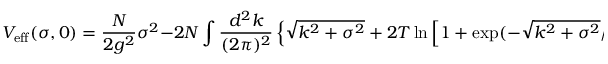
V _ { \mathrm { e f f } } ( \sigma , 0 ) = { \frac { N } { 2 g ^ { 2 } } } \sigma ^ { 2 } - 2 N \int { \frac { d ^ { 2 } k } { ( 2 \pi ) ^ { 2 } } } \left\{ \sqrt { k ^ { 2 } + \sigma ^ { 2 } } + { 2 T } \ln \left[ 1 + \exp ( - \sqrt { k ^ { 2 } + \sigma ^ { 2 } } / T ) \right] \right\} \, .